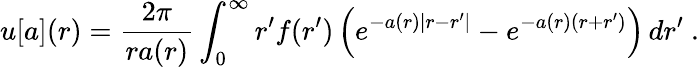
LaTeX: u[a](r)=\frac{2\pi}{ra(r)}\int_{0}^{\infty}r^{\prime}f(r^{\prime})\left(e^{-a(r)|r-r^{\prime}|}-e^{-a(r)(r+r^{\prime})}\right)\, dr^{\prime}\ .